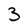
Character: 3